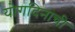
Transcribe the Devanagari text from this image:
योगदिनाची